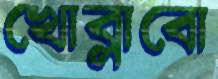
খোব্‌লাবো